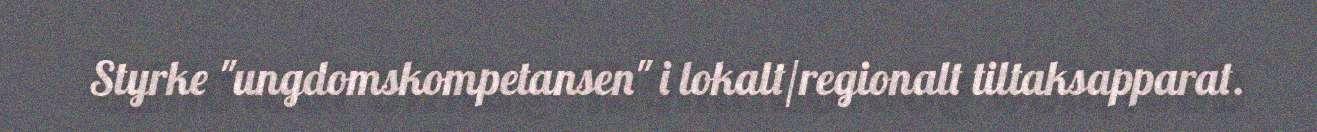
Styrke "ungdomskompetansen" i lokalt/regionalt tiltaksapparat.